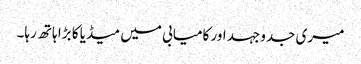
میری جدوجہد اور کامیابی میں میڈیا کا بڑا ہاتھ رہا۔